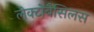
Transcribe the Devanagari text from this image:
लेक्टोबैसिलस